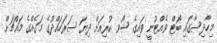
މިހާދިސާގައި ބޯޓް ވެއްޓުނީ ވައިގެ ޝޯވ ކުރިއަށް ދިޔަ ސަރަހައްދުގެ މަގެއްގެ މައްޗަށް